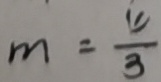
m = \frac { 4 } { 3 }